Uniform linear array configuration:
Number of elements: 64
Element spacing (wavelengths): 0.5
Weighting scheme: cosine
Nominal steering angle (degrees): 60
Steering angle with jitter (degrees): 61.13
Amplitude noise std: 0.05
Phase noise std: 0.05

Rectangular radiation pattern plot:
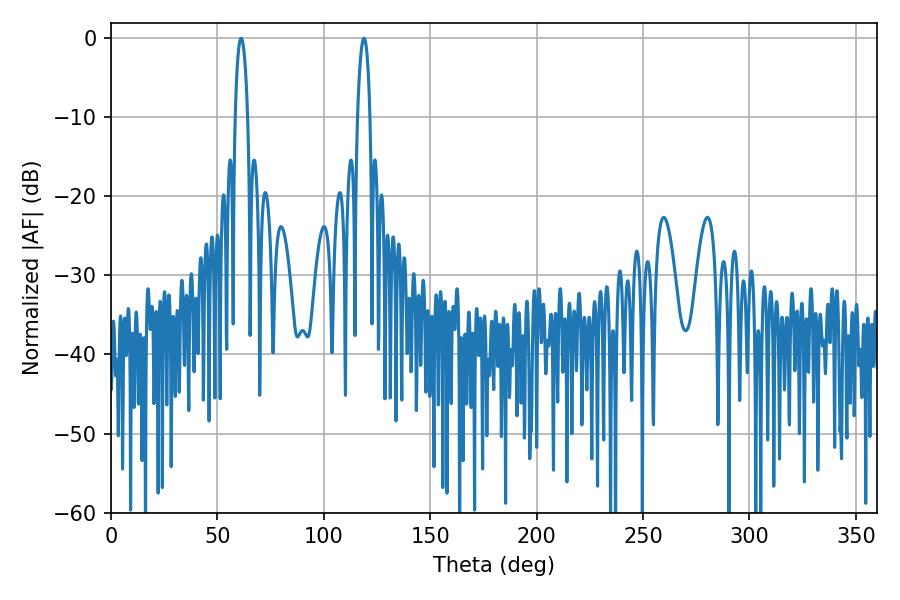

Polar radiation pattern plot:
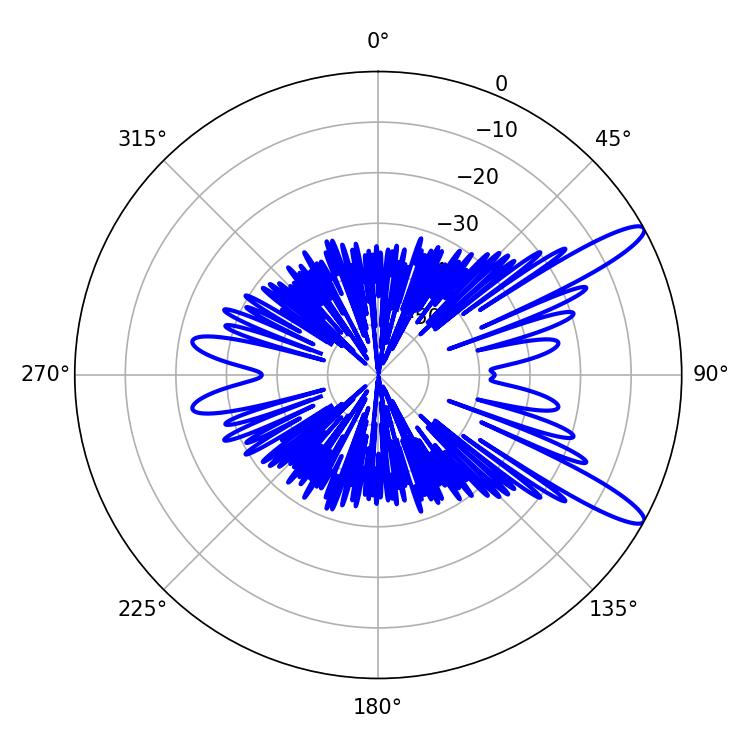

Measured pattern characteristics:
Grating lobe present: FALSE
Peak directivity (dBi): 12.489
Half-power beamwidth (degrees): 3.24
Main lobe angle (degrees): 118.8